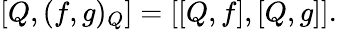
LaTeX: \left[Q,(f,g)_{Q}\right]=[[Q,f],[Q,g]].